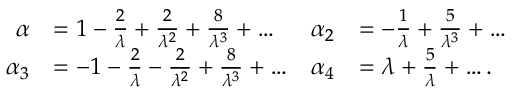
\begin{array} { r l r l } { \alpha } & { = 1 - \frac { 2 } { \lambda } + \frac { 2 } { \lambda ^ { 2 } } + \frac { 8 } { \lambda ^ { 3 } } + \dots } & { \alpha _ { 2 } } & { = - \frac { 1 } { \lambda } + \frac { 5 } { \lambda ^ { 3 } } + \dots } \\ { \alpha _ { 3 } } & { = - 1 - \frac { 2 } { \lambda } - \frac { 2 } { \lambda ^ { 2 } } + \frac { 8 } { \lambda ^ { 3 } } + \dots } & { \alpha _ { 4 } } & { = \lambda + \frac { 5 } { \lambda } + \dots . } \end{array}